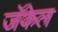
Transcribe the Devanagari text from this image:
जॅकेल